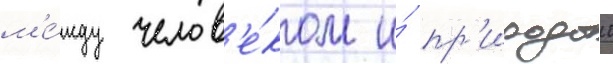
м'е́жду челов'е́ком и́ пр'иродои